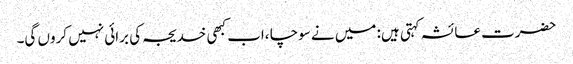
حضرت عائشہ کہتی ہیں: میں نے سوچا ،اب کبھی خدیجہ کی برائی نہیں کروں گی۔